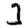
Digit: 3